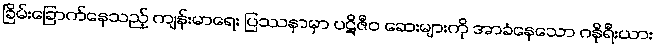
ခြိမ်းခြောက်နေသည့် ကျန်းမာရေး ပြဿနာမှာ ပဋိဇီဝ ဆေးများကို အာခံနေသော ဂနိုရီးယား